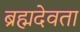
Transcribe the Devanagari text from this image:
ब्रह्मदेवता